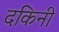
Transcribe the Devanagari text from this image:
दकिनी